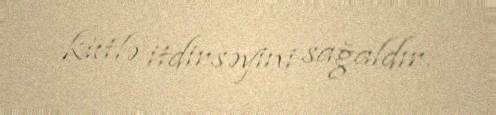
kütlə itdirsəyini sağaldır.